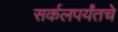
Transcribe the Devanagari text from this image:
सर्कलपर्यंतचे